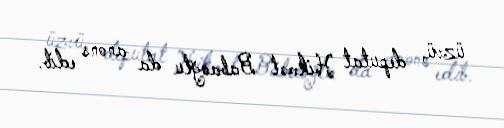
üzvü, deputat Hikmət Babaoğlu da anons edib.